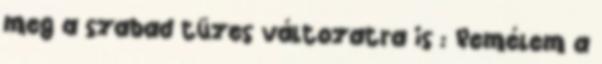
meg a szabad tüzes változatra is : Remélem a